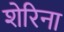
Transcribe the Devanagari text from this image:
शेरिना